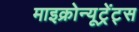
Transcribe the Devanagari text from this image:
माइक्रोन्यूट्रेंट्स